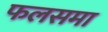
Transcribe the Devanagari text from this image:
फलसमा